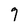
Character: 7